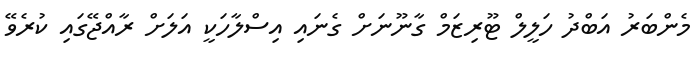
މެންބަރު އަބްދު ހަލީލް ޓޫރިޒަމް ގާނޫނަށް ގެނައި އިސްލާހަކީ އަލަށް ރާއްޖޭގައި ކުރެވޭ